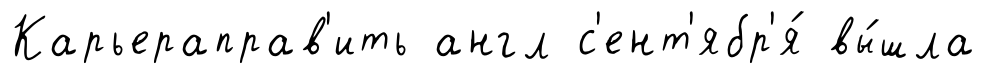
Карьераправ'ить англ с'ент'ябр'я́ вы́шла